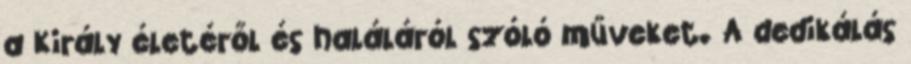
a Király életéről és haláláról szóló műveket. A dedikálás